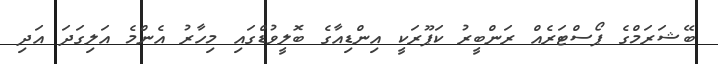
ބޭޝަރަމްގެ ޕޯސްޓަރެއް ރަންބީރު ކަޕޫރަކީ އިންޑިއާގެ ބޮލީވުޑްގައި މިހާރު އެންމެ އަލިގަދަ އަދި